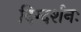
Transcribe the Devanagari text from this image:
दिग्दर्शनः